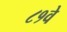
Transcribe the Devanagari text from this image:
८१वे